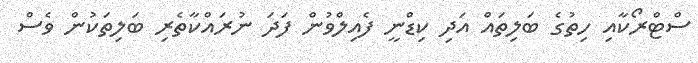
ސްޓްރޯކާއި ހިތުގެ ބަލިތައް އަދި ކިޑްނީ ފެއިލްވުން ފަދަ ނުރައްކާތެރި ބަލިތަކުން ވެސް